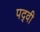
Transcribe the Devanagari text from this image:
पद्‍वी